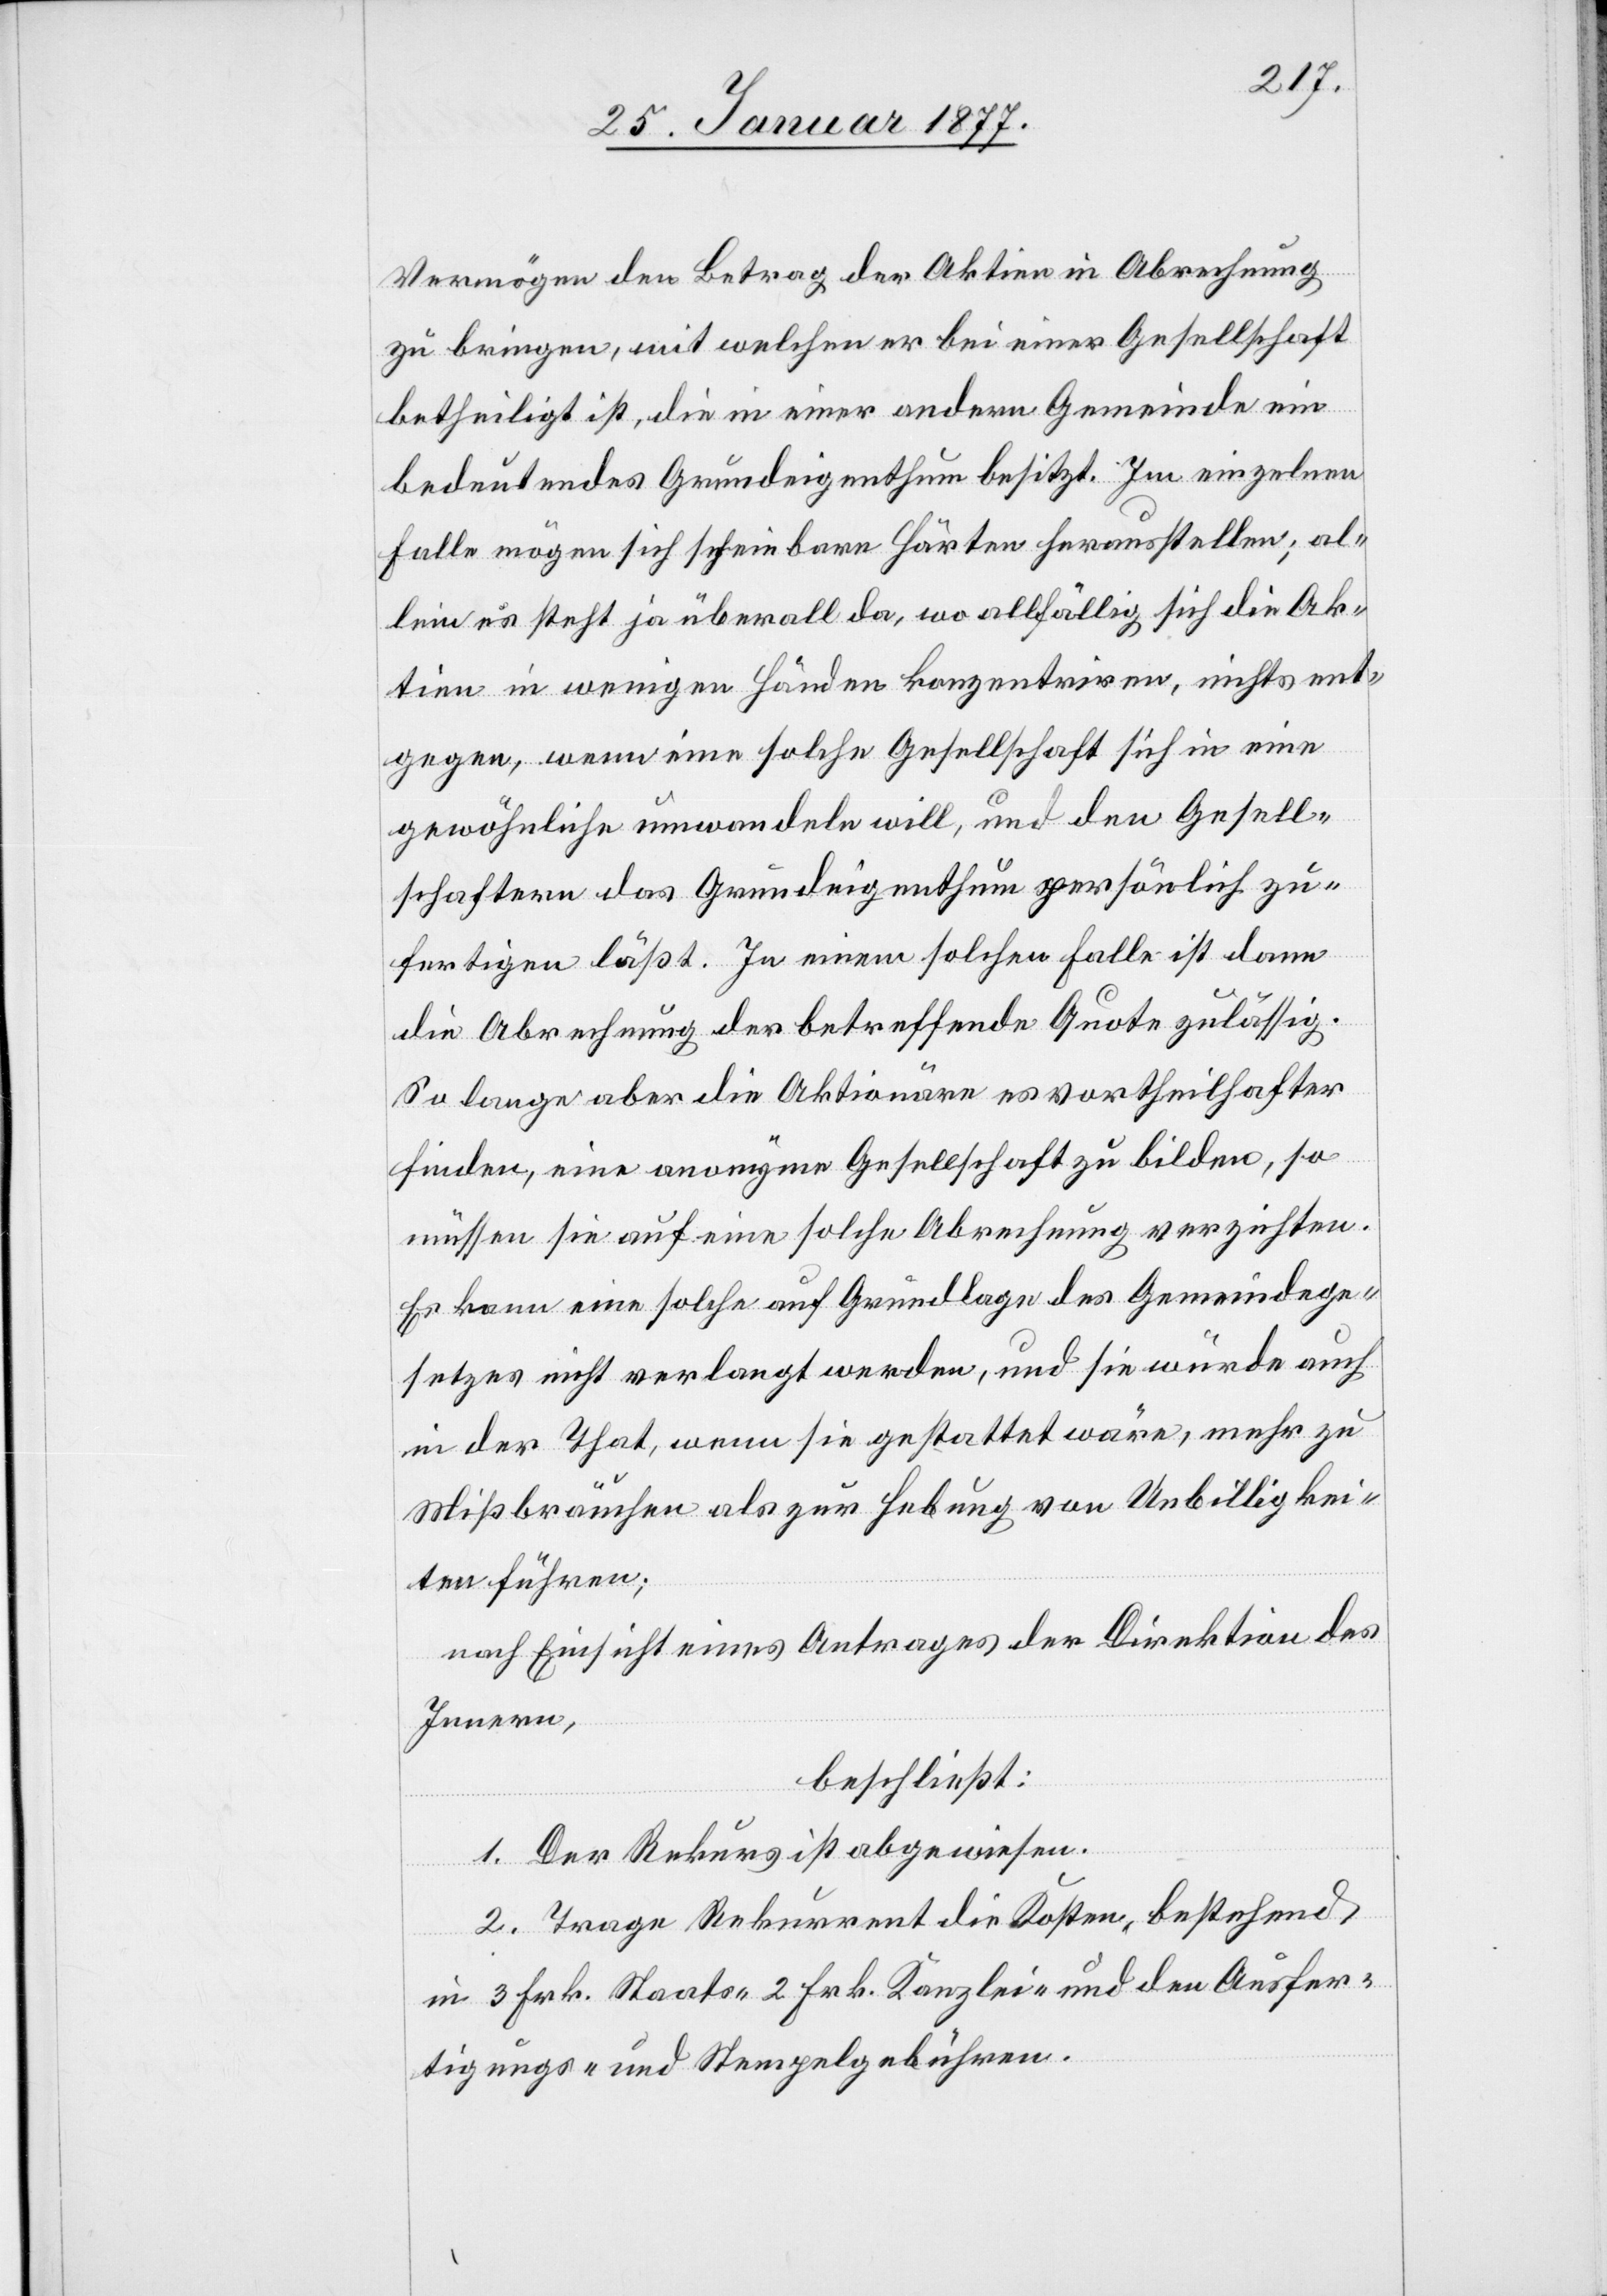
Vermögen den Betrag der Aktien in Abrechnung
zu bringen, mit welchen er bei einer Gesellschaft
betheiligt ist, die in einer andern Gemeinde ein
bedeutendes Grundeigenthum besitzt. Im einzelnen
Falle mögen sich scheinbare Härten herausstellen; al¬
lein es steht ja überall da, wo allfällig sich die Ak¬
tien in wenigen Händen konzentriren, nichts ent¬
gegen, wenn eine solche Gesellschaft sich in eine
gewöhnliche umwandeln will, und den Gesell¬
schaftern das Grundeigenthum persönlich zu¬
fertigen läßt. In einem solchen Falle ist dann
die Abrechnung der betreffenden Quote zulässig.
So lange aber die Aktionäre es vortheilhafter
finden, eine anonyme Gesellschaft zu bilden, so
müssen sie auf eine solche Abrechnung verzichten.
Es kann eine solche auf Grundlage des Gemeindege¬
setzes nicht verlangt werden, und sie würde auch
in der That, wenn sie gestattet wäre, mehr zu
Mißbräuchen als zur Hebung von Unbilligkei¬
ten führen;
nach Einsicht eines Antrages der Direktion des
Innern,
beschließt:
1. Der Rekurs ist abgewiesen.
2. Trage der Rekurrent die Kosten, bestehend
in 3 Frk. Staats-[,] 2 Frk. Kanzlei- und den Ausfer¬
tigungs- und Stempelgebühren.